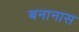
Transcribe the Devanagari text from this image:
बनानास